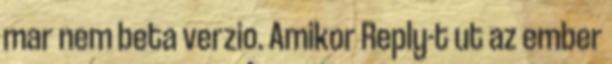
mar nem beta verzio. Amikor Reply-t ut az ember